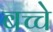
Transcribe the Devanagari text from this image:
बच्चे